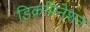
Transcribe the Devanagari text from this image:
डिक्रमिनेशन